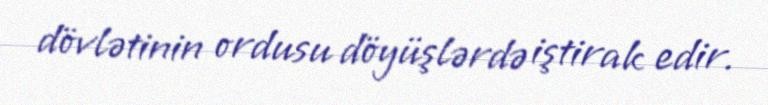
dövlətinin ordusu döyüşlərdə iştirak edir.